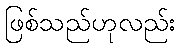
ဖြစ်သည်ဟုလည်း